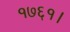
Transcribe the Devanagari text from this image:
१७६१।